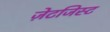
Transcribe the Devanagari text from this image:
ज़ेटजिस्ट